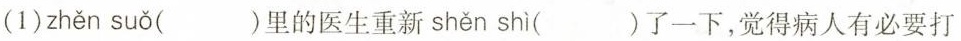
(1) zhěn suǒ ()里的医生重新shen shì ()了一下，觉得病人有必要打